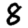
Digit: 8